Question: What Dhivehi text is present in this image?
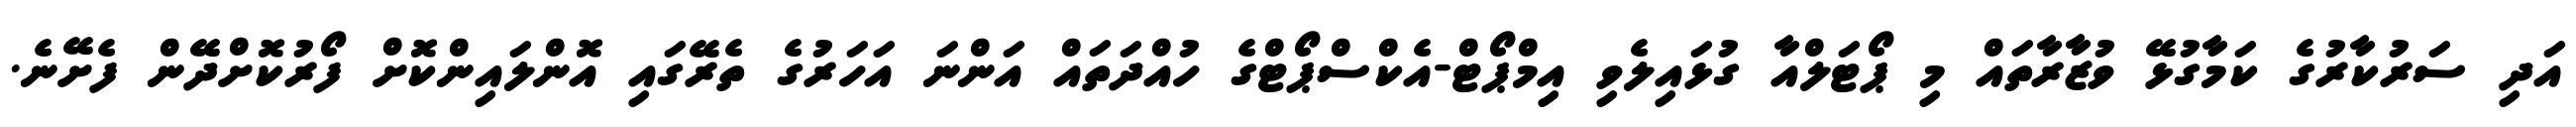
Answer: އަދި ސަރުކާރުގެ ކަމާގުޅޭ ވުޒާރާތައް މި ޕޯޓަލްއާ ގުޅައިލެވި އިމްޕޯޓް-އެކްސްޕޯޓްގެ ހުއްދަތައް އަންނަ އަހަރުގެ ތެރޭގައި އޮންލައިންކޮށް ފޯރުކޮށްދޭން ފެށޭނެ.